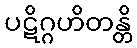
ပဋိဂ္ဂဟိတန္တိ